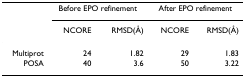
<table><thead><tr><td></td><td colspan="2"><b>Before EPO refinement</b></td><td colspan="2"><b>After EPO refinement</b></td></tr><tr><td></td><td><b>NCORE</b></td><td><b>RMSD(Å)</b></td><td><b>NCORE</b></td><td><b>RMSD(Å)</b></td></tr></thead><tbody><tr><td>Multiprot</td><td>24</td><td>1.82</td><td>29</td><td>1.83</td></tr><tr><td>POSA</td><td>40</td><td>3.6</td><td>50</td><td>3.22</td></tr></tbody></table>